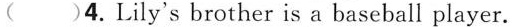
( )4.Lily's brother is a baseball player.